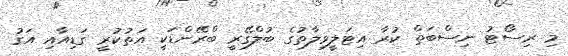
މި ރިސޯޓު ނިސްބަތް ކުރާ އިޓަލީވިލާތުގެ ބުލްގޭރީ ބްރޭންޑަކީ އަތުކުރީ ގަޑިއާއި އަގު